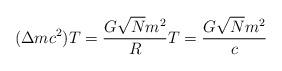
LaTeX: \begin{align*}(\Delta mc^2) T = \frac{G\sqrt{N}m^2}{R} T = \frac{G\sqrt{N}m^2}{c}\end{align*}